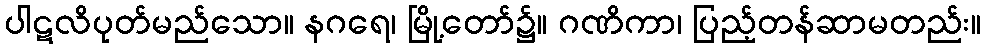
ပါဋလိပုတ်မည်သော။ နဂရေ၊ မြို့တော်၌။ ဂဏိကာ၊ ပြည့်တန်ဆာမတည်း။